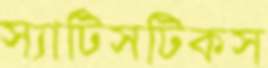
স্যাটিসটিকস